Lunatic asylums Central Provinces reports 1886-1894 - 1886-1894
Year: 1886
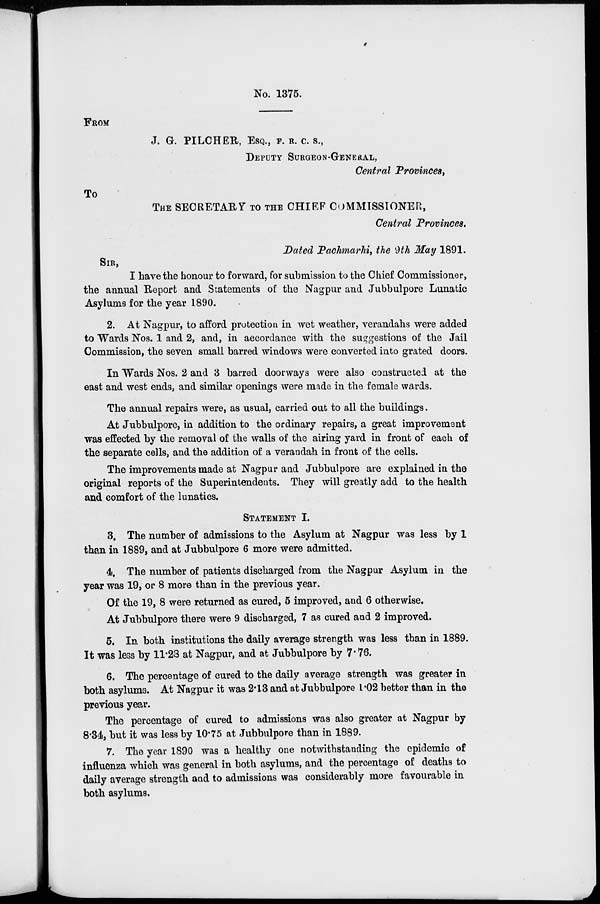
No. 1375.
FROM
J. G. PILCHER, ESQ., F. R. C. S.,
DEPUTY SURGEON-GENERAL,
Central Provinces,
TO
THE SECRETARY TO THE CHIEF COMMISSIONER,
Central Provinces.
Dated Pachmarhi, the 9th May 1891.
SIR,
I have the honour to forward, for submission to the Chief Commissioner,
the annual Report and Statements of the Nagpur and Jubbulpore Lunatic
Asylums for the year 1890.
2. At Nagpur, to afford protection in wet weather, verandahs were added
to Wards Nos. 1 and 2, and, in accordance with the suggestions of the Jail
Commission, the seven small barred windows were converted into grated doors.
In Wards Nos. 2 and 3 barred doorways were also constructed at the
east and west ends, and similar openings were made in the female wards.
The annual repairs were, as usual, carried out to all the buildings.
At Jubbulpore, in addition to the ordinary repairs, a great improvement
was effected by the removal of the walls of the airing yard in front of each of
the separate cells, and the addition of a verandah in front of the cells.
The improvements made at Nagpur and Jubbulpore are explained in the
original reports of the Superintendents. They will greatly add to the health
and comfort of the lunatics.
STATEMENT I.
3. The number of admissions to the Asylum at Nagpur was less by 1
than in 1889, and at Jubbulpore 6 more were admitted.
4. The number of patients discharged from the Nagpur Asylum in the
year was 19, or 8 more than in the previous year.
Of the 19, 8 were returned as cured, 5 improved, and 6 otherwise.
At Jubbulpore there were 9 discharged, 7 as cured and 2 improved.
5. In both institutions the daily average strength was less than in 1889.
It was less by 11.28 at Nagpur, and at Jubbulpore by 7.76.
6. The percentage of cured to the daily average strength was greater in
both asylums. At Nagpur it was 2.13 and at Jubbulpore 1.02 better than in the
previous year.
The percentage of cured to admissions was also greater at Nagpur by
8.34, but it was less by 10.75 at Jubbulpore than in 1889.
7. The year 1890 was a healthy one notwithstanding the epidemic of
influenza which was general in both asylums, and the percentage of deaths to
daily average strength and to admissions was considerably more favourable in
both asylums.